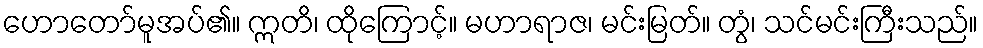
ဟောတော်မူအပ်၏။ ဣတိ၊ ထိုကြောင့်။ မဟာရာဇ၊ မင်းမြတ်။ တွံ၊ သင်မင်းကြီးသည်။